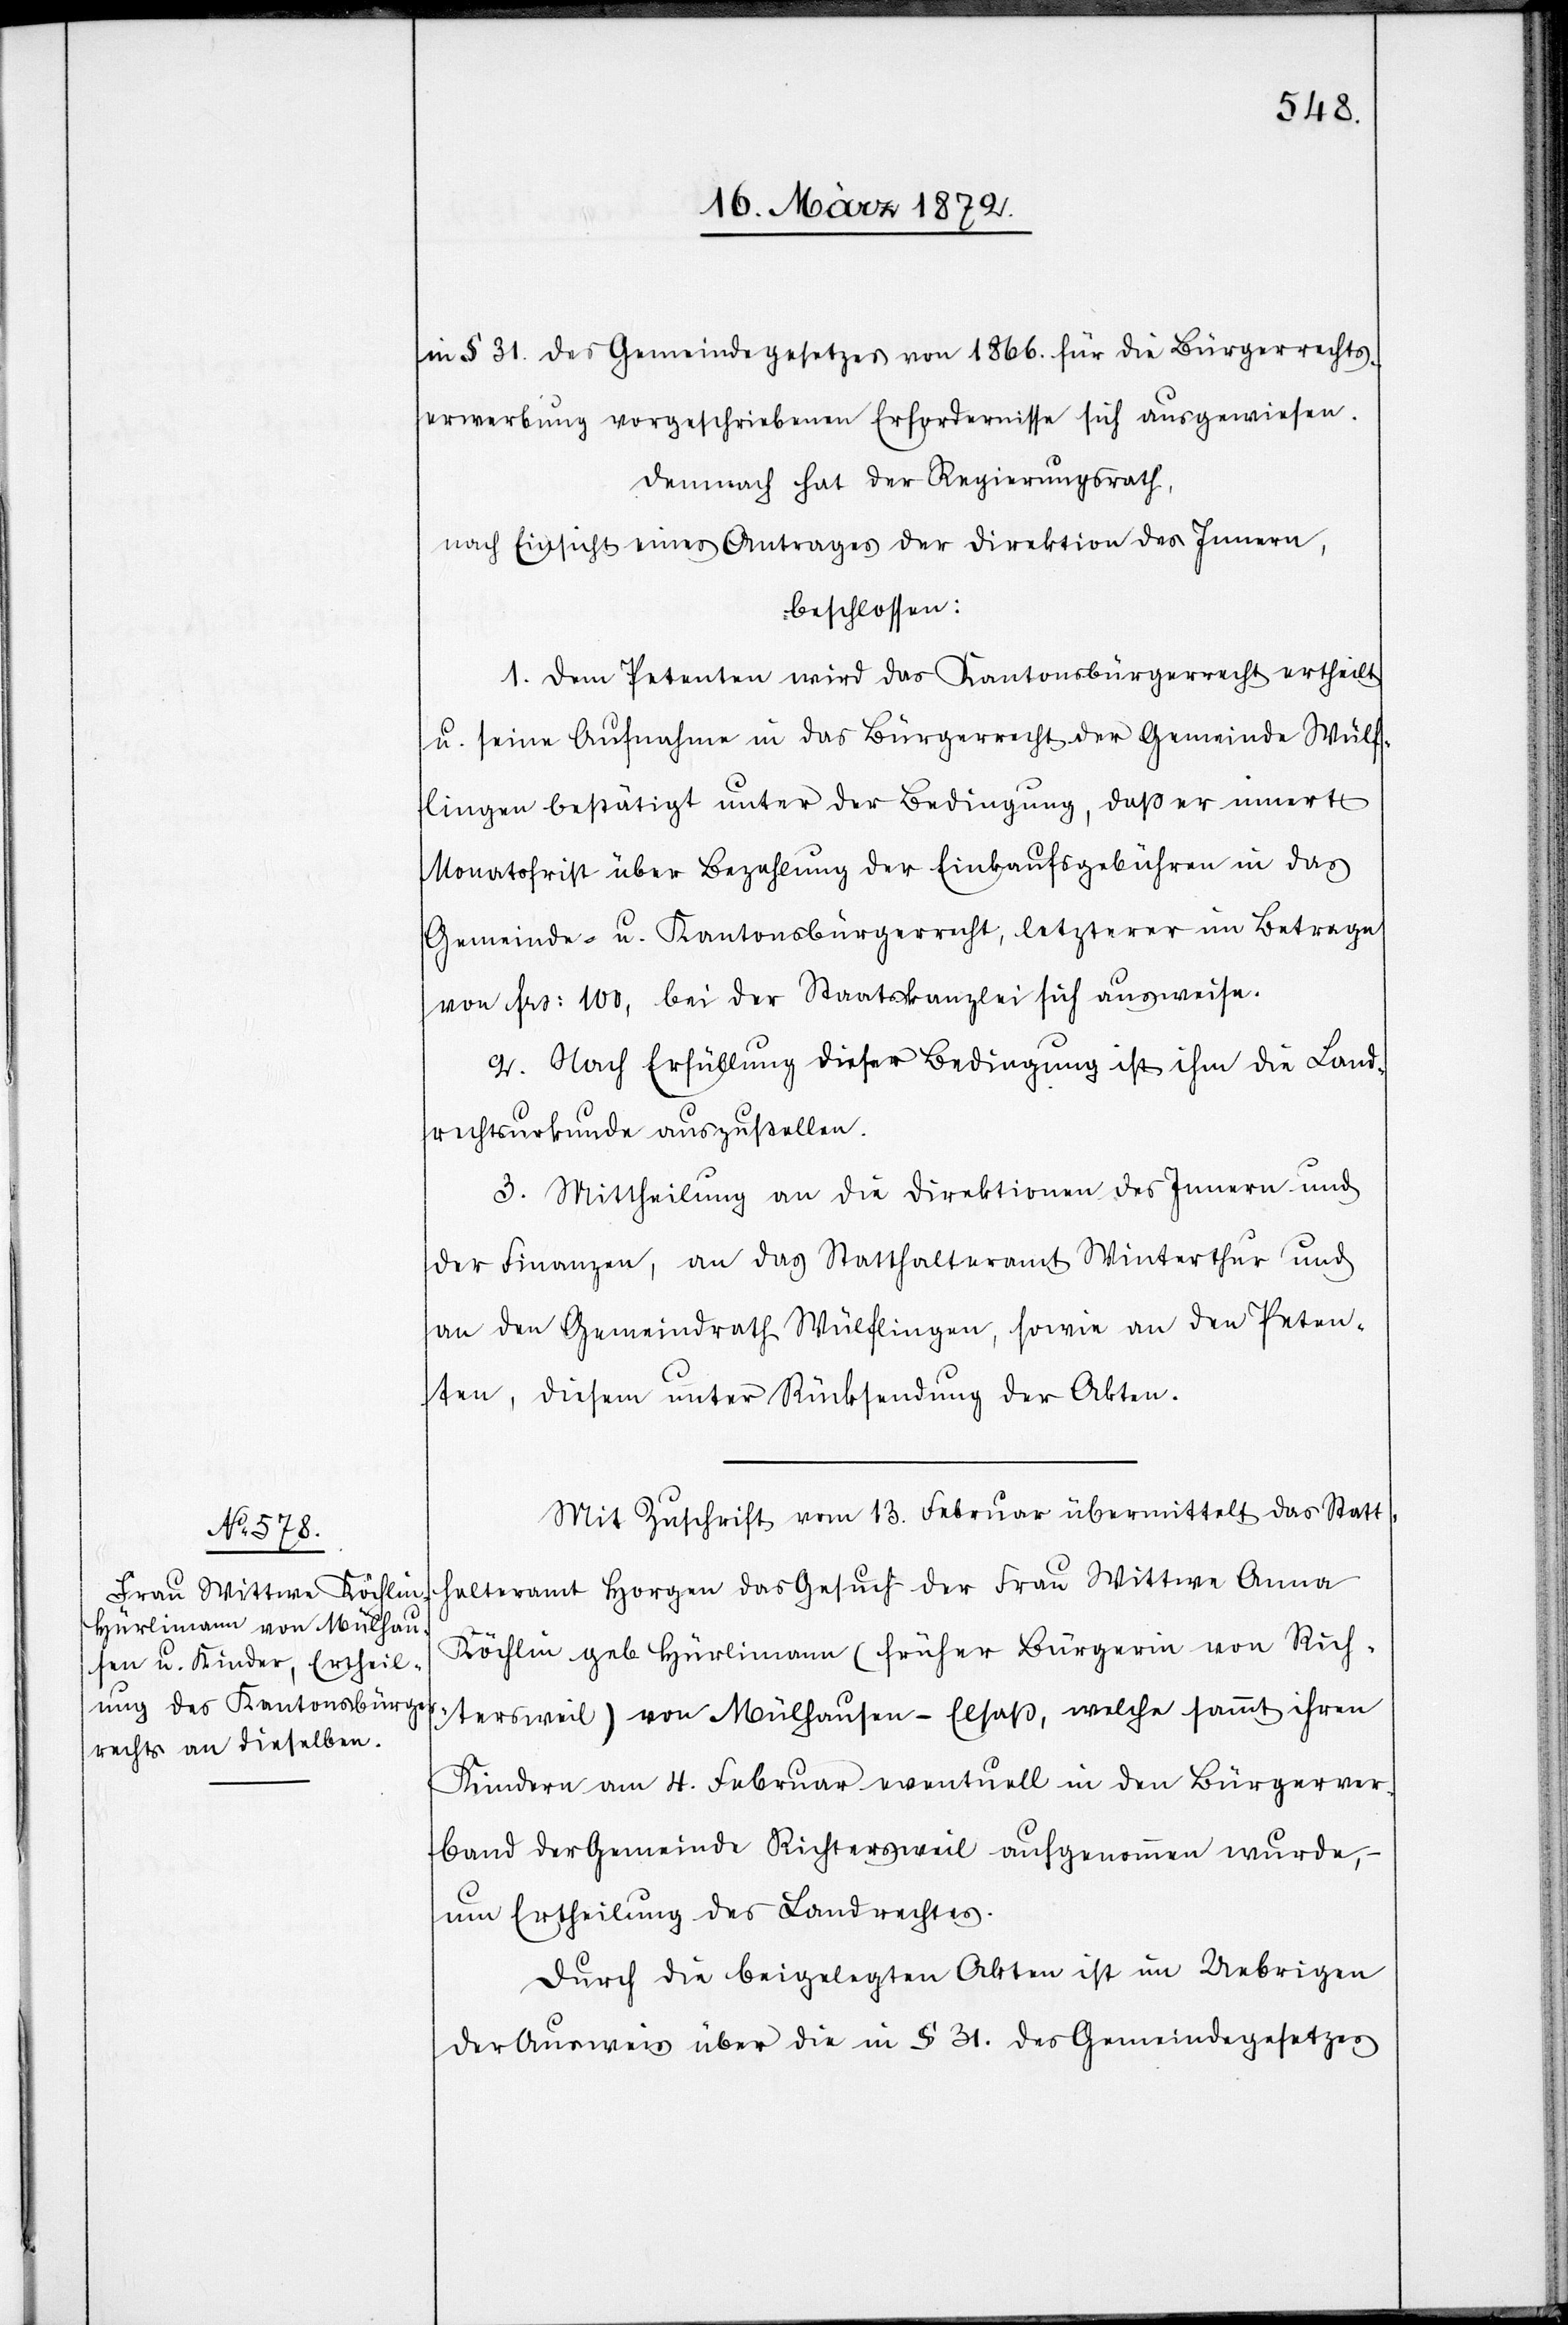
in § 31. des Gemeindegesetzes von 1866. für die Bürgerrechts¬
erwerbung vorgeschriebenen Erfordernisse sich ausgewiesen.
Demnach hat der Regierungsrath,
nach Einsicht eines Antrages der Direktion des Innern,
beschlossen:
1. Dem Petenten wird das Kantonsbürgerrecht ertheilt
u. seine Aufnahme in das Bürgerrecht der Gemeinde Wülf¬
lingen bestätigt unter der Bedingung, daß er innert
Monatsfrist über Bezahlung der Einkaufsgebühren in das
Gemeinde- u. Kantonsbürgerrecht, letzterer im Betrage
von frs: 100, bei der Staatskanzlei sich ausweise.
2. Nach Erfüllung dieser Bedingung ist ihm die Land¬
rechtsurkunde auszustellen.
3. Mittheilung an die Direktionen des Innern und
der Finanzen, an das Statthalteramt Winterthur und
an den Gemeindrath Wülflingen, sowie an den Peten¬
ten, diesem unter Rücksendung der Akten.
Mit Zuschrift vom 13. Februar übermittelt das Statt¬
halteramt Horgen das Gesuch der Frau Wittwe Anna
Köchlin geb. Hürlimann (früher Bürgerin von Rich¬
tersweil) von Mülhausen-Elsaß, welche sammt ihren
Kindern am 4. Februar eventuell in den Bürgerver¬
band der Gemeinde Richtersweil aufgenommen wurde,
um Ertheilung des Landrechtes.
Durch die beigelegten Akten ist im Uebrigen
der Ausweis über die in § 31. des Gemeindegesetzes